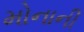
મોનાની